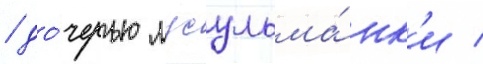
/ до́черью мусульма́нк'и /